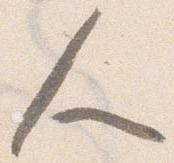
人